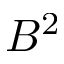
B ^ { 2 }